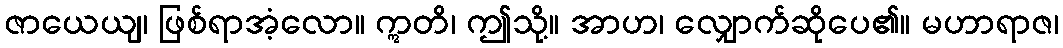
ဇာယေယျ၊ ဖြစ်ရာအံ့လော။ ဣတိ၊ ဤသို့။ အာဟ၊ လျှောက်ဆိုပေ၏။ မဟာရာဇ၊